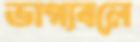
ভাগ্যবলে